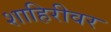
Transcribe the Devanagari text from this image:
शाहिरीवर